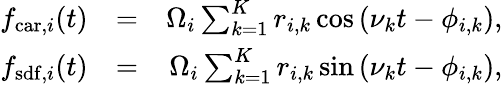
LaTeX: \begin{array}{rlr}{f_{\mathrm{car},i}(t)}&{=}&{\Omega_{i}\sum_{k=1}^{K}r_{i,k}\cos\left(\nu_{k}t-\phi_{i,k}\right),}\\ {f_{\mathrm{sdf},i}(t)}&{=}&{\Omega_{i}\sum_{k=1}^{K}r_{i,k}\sin\left(\nu_{k}t-\phi_{i,k}\right),}\end{array}